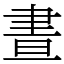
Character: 晝